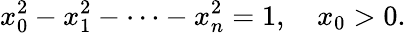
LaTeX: x_{0}^{2}-x_{1}^{2}-\cdots-x_{n}^{2}=1,\quad x_{0}>0.